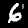
Label: 6